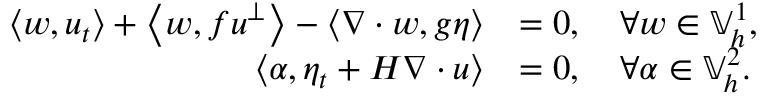
\begin{array} { r l } { \left\langle w , u _ { t } \right\rangle + \left\langle w , f u ^ { \perp } \right\rangle - \left\langle \nabla \cdot w , g \eta \right\rangle } & { = 0 , \quad \forall w \in \mathbb { V } _ { h } ^ { 1 } , } \\ { \left\langle \alpha , \eta _ { t } + H \nabla \cdot u \right\rangle } & { = 0 , \quad \forall \alpha \in \mathbb { V } _ { h } ^ { 2 } . } \end{array}